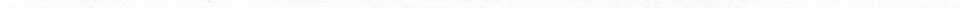
___